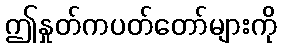
ဤနှုတ်ကပတ်တော်များကို